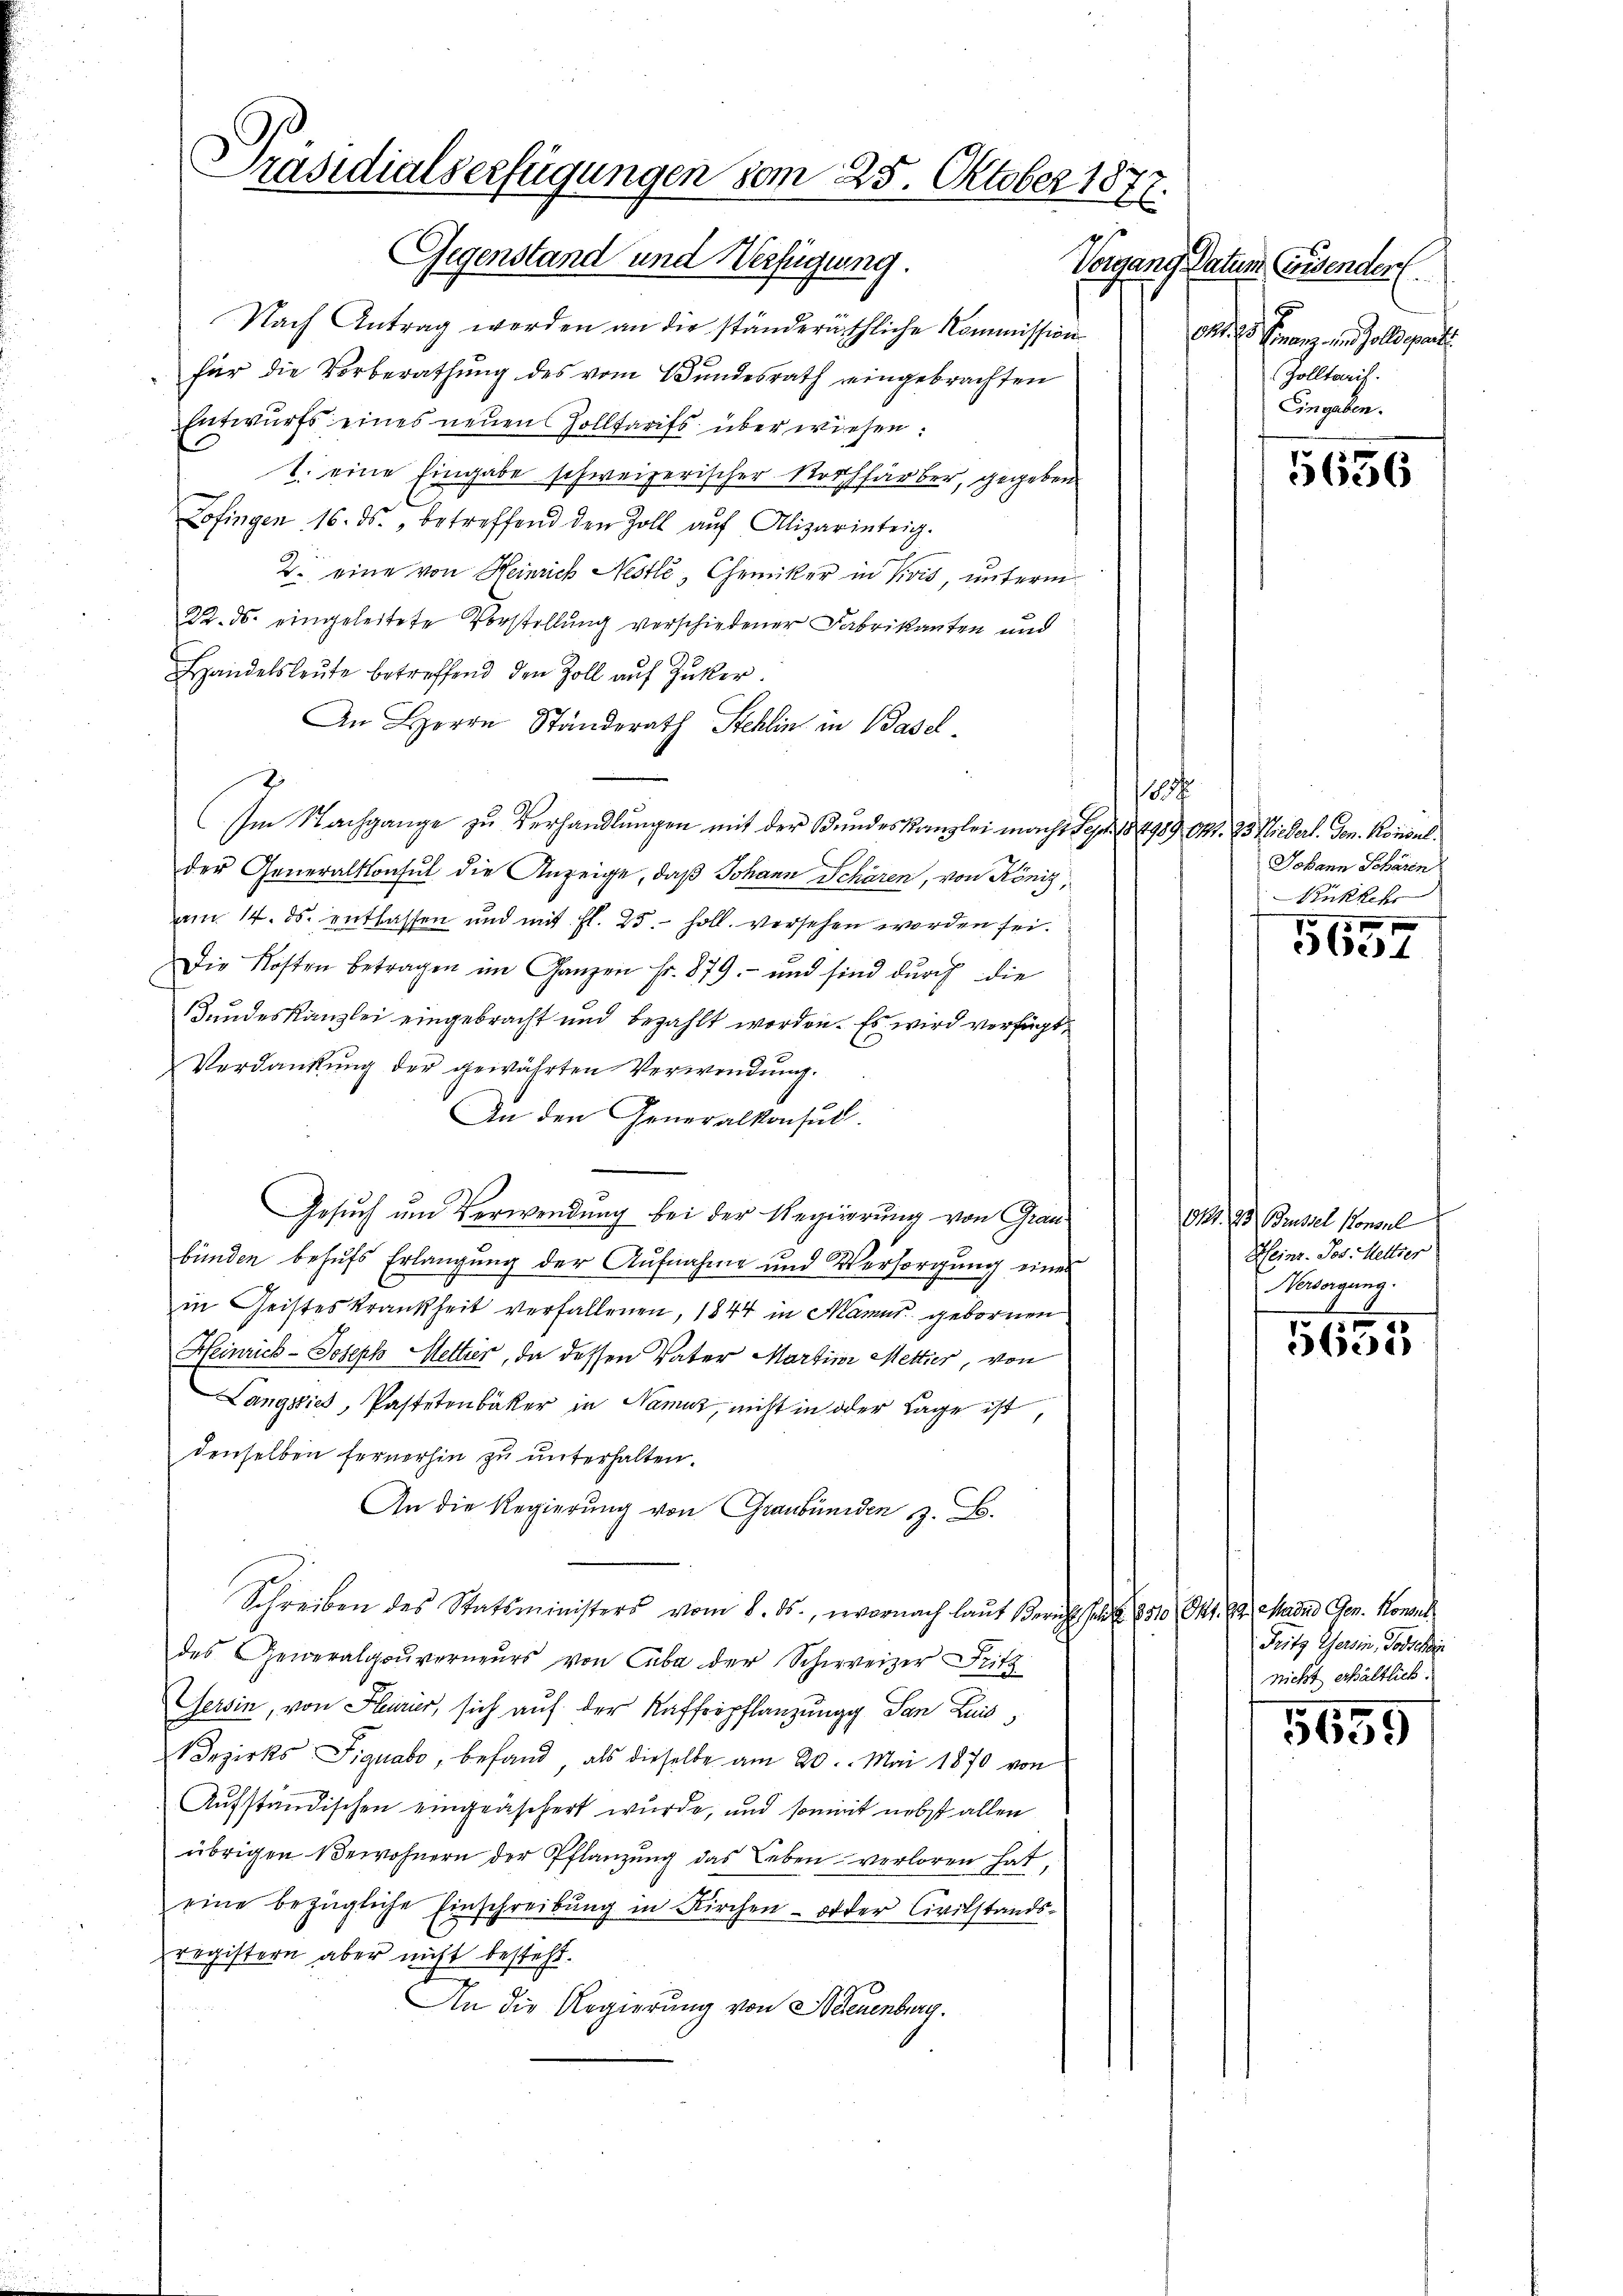
Präsidialverfügungen vom 25. Oktober 1877.
Gegenstand und Verfügung.
Vorgang Datum (indender

Nach Antrag werden an die ständeräthliche Kommission
für die Vorberathung des vom Bundesrath eingebrachten
Entwurfs eines neuen Zolltarifs überwiesen:
1. eine Eingabe schweizerischer Rothfärber, gegeben
Zofingen 16. ds., betreffend den Zoll aŭf Alizärinteig.
2. eine von Heinrich Nestlé, Chemiker in Pivis, unterm
22. ds. eingeleitete Vorstellung verschiedener Fabrikanten und
Handelsleute betreffend den Zoll auf Zucker.
An Herrn Ständerath Stehlin in Basel
Im Nachgange zu Verhandlungen mit der Bundeskanzlei macht Sept. 184989 Okt. 25. Niederl. Gen. Konsulder Generalkonsul die Anzeige, daß Johann Schären, von Königam 14. ds. entlassen und mit fl. 25. holl. versehen worden sei.
Die Kosten betragen im Ganzen fr. 879.- und sind durch die
Bundeskanzlei eingebracht und bezahlt worden. Es wird verfügt
Verdankung der gewährten Verwendung.
An den Generalkonsul
s
Gesuch um Verwendung bei der Regierung von Grau
bünden behufs Erlangung der Aufnahme und Versorgung eines
in Geisteskrankheit verfallenen, 1844 in Manus gebornen
Heinrich- Joseph Mettier, da dessen Vater Martini Mettier, von
Langwies, Pastetenbäker in Namuz, nicht in oder Lage ist,
denselben fernerhin zu unterhalten.
An die Regierung von Graubünden 3. B.
Schreiben des Statsministers vom 8. ds., wornach laut Bericht hat d. 1510 Okt. 83. Main Gen. Konsul
des Generalgouverneurs von Cuba der Schweizer Fritz
Gersin, von Hurir, sich auf der Kafferpflanzung San Luis
Bezirks Figuabo, befand, als dieselbe am 20. Mai 1870 von
Aufständischen eingeäschert wurde, und sont nebst allen
übrigen Bewohnern der Pflanzung das Leben verloren hat,
eine bezügliche Einschreibŭng in Kirchen - oder Civilstands-
registern aber nicht besteht.
An die Regierung von Adeuenburg.

e

pner Finanz und solle parati
Zolltarif.
Eingaben.

5656

Johann Scharen
Rükkehr

xx
531

1181. 23. Brusel konsul
Heinr. Jos. Hettser
Versorgung

6
8
5600

Fritz Gersin, Vorschi
nicht erhältlich.

5659